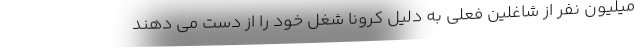
میلیون نفر از شاغلین فعلی به دلیل کرونا شغل خود را از دست می دهند